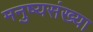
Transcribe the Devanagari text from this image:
मनुष्यसंख्या